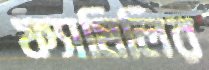
ফ্যামিলির